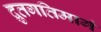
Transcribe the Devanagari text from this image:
द्रुतगतिमार्ग